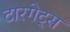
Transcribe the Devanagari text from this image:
टारगेट्स